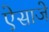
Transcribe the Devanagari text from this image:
ऐसाजे